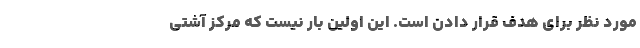
مورد نظر برای هدف قرار دادن است‌. این اولین بار نیست که مرکز آشتی